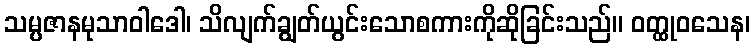
သမ္ပဇာနမုသာဝါဒေါ၊ သိလျက်ချွတ်ယွင်းသောစကားကိုဆိုခြင်းသည်။ ဝတ္ထုဝသေန၊